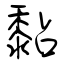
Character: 黏